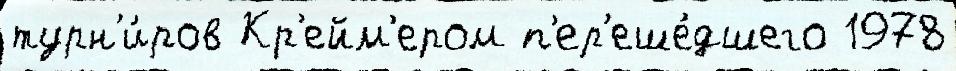
турн'и́ров Кр'ейм'ером п'ер'еше́дшего 1978